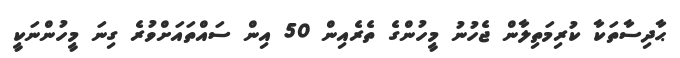
ޙާދިސާތަކާ ކުރިމަތިލާން ޖެހުނު މީހުންގެ ތެރެއިން 50 އިން ސައްތައަށްވުރެ ގިނަ މީހުންނަކީ